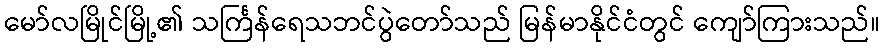
မော်လမြိုင်မြို့၏ သင်္ကြန်ရေသဘင်ပွဲတော်သည် မြန်မာနိုင်ငံတွင် ကျော်ကြားသည်။